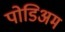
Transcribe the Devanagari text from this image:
पोडिअम